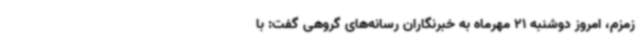
زمزم، امروز دوشنبه 21 مهرماه به خبرنگاران رسانه‌های گروهی گفت: با